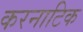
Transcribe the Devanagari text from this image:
करनाटिक